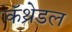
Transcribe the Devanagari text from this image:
कॅथ्रेडल